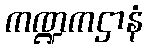
ကဏ္ဍကဌာနံ